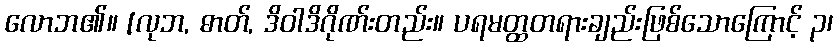
လောဘ၏။ [လုဘ, ဓာတ်, ဒိဝါဒိဂိုဏ်းတည်း။ ပရမတ္ထတရားချည်းဖြစ်သောကြောင့် ၃၊